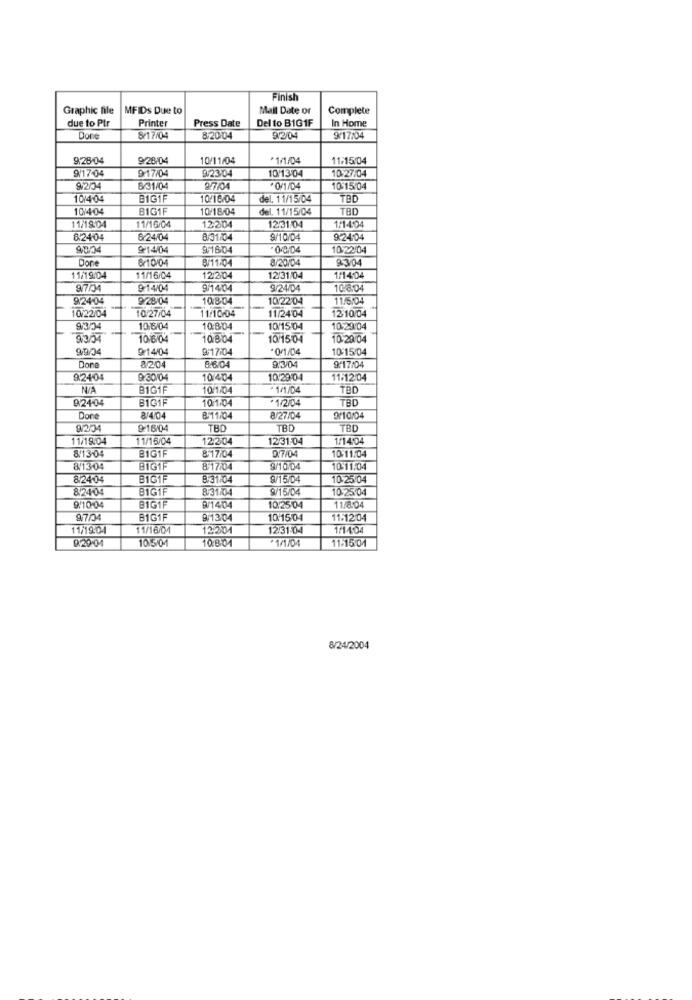
Finish
Graphic file
MFIDs Due to
Mall Date or
Complete
due to Ptr
Printer
Press Date
Del to B161F
In Home
Done
8/17/04
8/2004
9/2/04
9/17/04
9/28/04
9/28/04
10/11/04
* 1/1/04
11:15/04
9/17-04
9/17/04
10/13:04
10-27/04
9/23.04
9/2/04
8/31/04
27/04
10-15:04
10/4-04
BIGTF
10/16/04
del. 11/15/04
TAD
10/404
BIG1F
10/18/04
del. 11/15/04
TBD
11/19:04
11/16/04
12,204
12:31-04
1/1404
8.2404
6/24/04
8/31/04
9/10/04
92404
9/14/04
9/16/04
0.0/04
10/22/04
Done
8/10/04
8/11/04
8/20/04
8-304
11/19:04
11/16/04
12:204
12/31/04
1/14:04
9/7/3
9:14/04
9/1404
9/24/04
108:04
9/28/04
10:8.04
10/22/04
11/6/04
10/22/04
10/27/04
11/10/04
12-10/04
11/2404
9/3/34
10 8/04
10:804
10/15:04
10:29:04
93/04
70804
108/04
10/15:04
10-20:04
9/14/04
9/17/04
*0/1/04
10:15/04
9:17/04
Done
8/204
06/04
9.2404
9:30/04
10/404
10/29/04
11:12:04
BIG1F
10/1kg
1/1/04
TBD
92404
10:1/04
TBD
BIG1F
*1/2/04
Dons
BT11104
8/27/04
9/10/04
0/204
9-16/04
TBD
TBD
TBD
11/19.04
11/16/04
12204
12/31:04
1/14:04
8/13-04
0/7/04
BIG1F
817/04
10-11:04
8/1304
BIGIF
8-17:04
9/10/04
10:11:04
824.04
BIG1F
8.31104
9/15/04
10-25 04
8/24.04
BIGIF
8-31/04
9/15/04
10-25.04
9/10:04
BIGIF
9/1404
10:25:04
11/8:04
8/7/04
BIG1F
9/13:04
10:15:04
11:12:04
11/19:04
11/16/01
12:201
12/31-04
1/14:04
0.20 04
10:5/04
10:8:01
*1/1/04
11.15.04
8/24/2004